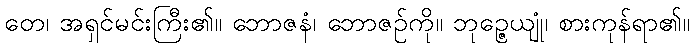
တေ၊ အရှင်မင်းကြီး၏။ ဘောဇနံ၊ ဘောဇဉ်ကို။ ဘုဉ္ဇေယျုံ၊ စားကုန်ရာ၏။